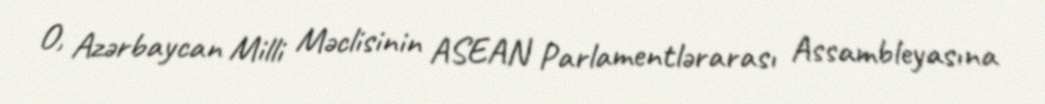
O, Azərbaycan Milli Məclisinin ASEAN Parlamentlərarası Assambleyasına